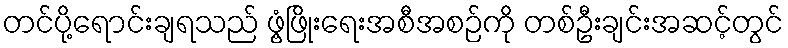
တင်ပို့ရောင်းချရသည် ဖွံ့ဖြိုးရေးအစီအစဉ်ကို တစ်ဦးချင်းအဆင့်တွင်